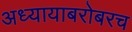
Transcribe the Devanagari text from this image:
अध्यायाबरोबरच